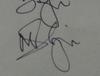
Signature authenticity: genuine